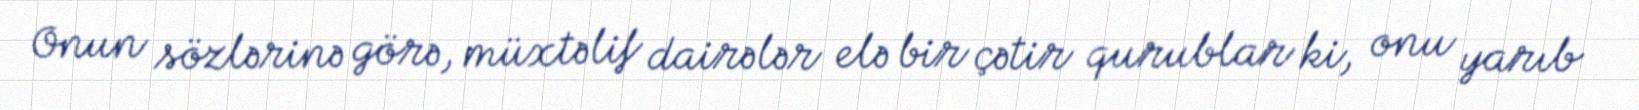
Onun sözlərinə görə, müxtəlif dairələr elə bir çətir qurublar ki, onu yarıb